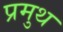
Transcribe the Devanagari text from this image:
प्रमुथ